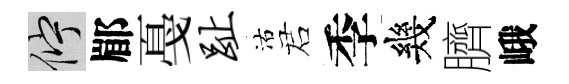
伫郿戞趾沽诺季幾臍峨